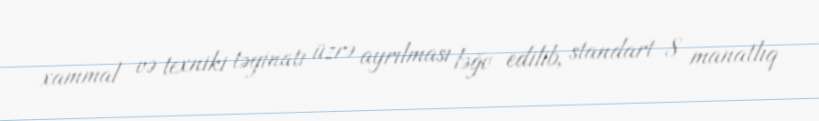
xammal və texniki təyinatı üzrə ayrılması ləğv edilib, standart 8 manatlıq